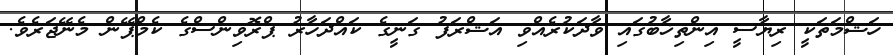
ހަޝްމަތަކީ ރިޔާސީ އިންތިޚާބުގައި ވާދަކުރެއްވި އަޝްރަފު ގަނީގެ ކައްދަހާރު ޕްރޮވިންސްގެ ކެމްޕޭން މެނޭޖަރެވެ.